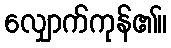
လျှောက်ကုန်၏။